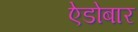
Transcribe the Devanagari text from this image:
ऐडोबार